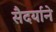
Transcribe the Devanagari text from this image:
सैदर्याने